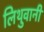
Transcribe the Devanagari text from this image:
लिथुवानी